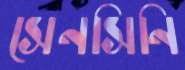
সেনসিনি